Vaccination in the Punjab 1905-1918 - 1905-1918
Year: 1905
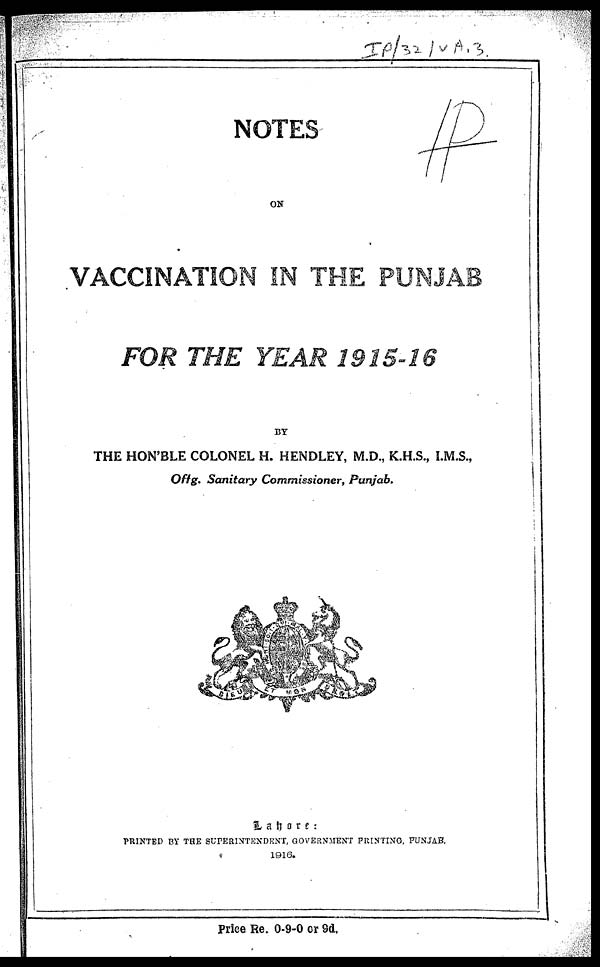
NOTES
ON
VACCINATION IN THE PUNJAB
FOR THE YEAR 1915-16
BY
THE HON'BLE COLONEL H. HENDLEY, M.D., K.H.S., I.M.S.,
Offg. Sanitary Commissioner, Punjab.
Lahore:
PRINTED BY THE SUPERINTENDENT, GOVERNMENT PRINTING, PUNJAB.
1916.
Price Re. 0-9-0 or 9d.